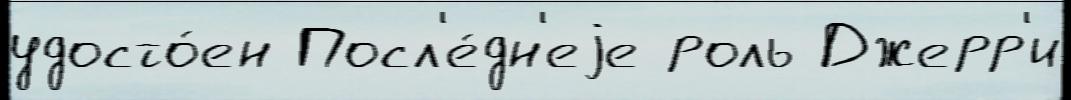
удосто́ен Посл'е́дн'еjе роль Джерр'и